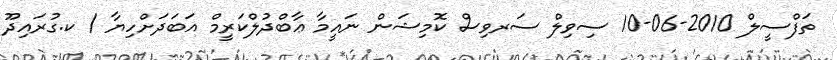
ތަފްސީލް 2010-06-10 ސިވިލް ސަރވިސް ކޮމިޝަން ނައީމާ ޢާބްދުލްކަރީމް އަބަދަށްހިޔާ / ކ.ގުރައިދޫ